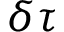
\delta \tau